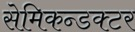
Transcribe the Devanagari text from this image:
सेमिकन्डक्टर